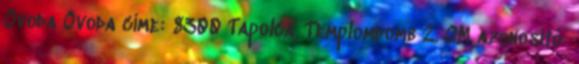
Óvoda Óvoda címe: 8300 Tapolca, Templomdomb 2. OM azonosító: